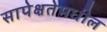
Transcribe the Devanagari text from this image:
सापेक्षतेमधील